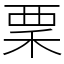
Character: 䅇